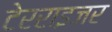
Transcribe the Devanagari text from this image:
टेरराइजर